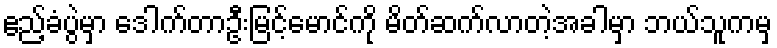
ဧည့်ခံပွဲမှာ ဒေါက်တာဦးမြင့်မောင်ကို မိတ်ဆက်လာတဲ့အခါမှာ ဘယ်သူကမှ